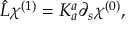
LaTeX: \hat { L } \chi ^ { ( 1 ) } = K _ { a } ^ { a } \partial _ { s } \chi ^ { ( 0 ) } ,